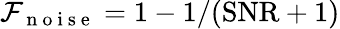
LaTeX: \mathcal{F}_{\mathrm{~n~o~i~s~e~}}=1-1/(\mathrm{SNR}+1)